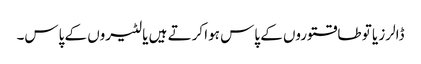
ڈالرز یا تو طاقتوروں کے پاس ہوا کرتے ہیں یا لٹیروں کے پاس۔